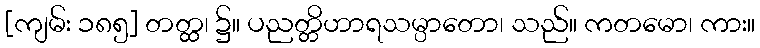
[ကျမ်း ၁၈၅] တတ္ထ၊ ၌။ ပညတ္တိဟာရသမ္ပာတော၊ သည်။ ကတမော၊ ကား။